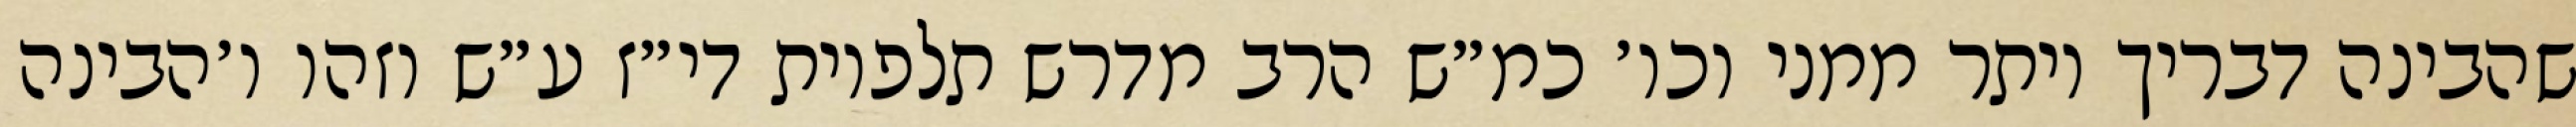
שהבינה דבריך יותר ממני וכו׳ כמ״ש הרב מדרש תלפיות די״ז ע״ש וזהו ו׳הבינה